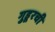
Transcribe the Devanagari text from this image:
गुडूरची